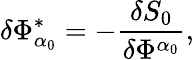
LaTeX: \delta\Phi_{\alpha_{0}}^{*}=-\frac{\delta S_{0}}{\delta\Phi^{\alpha_{0}}},